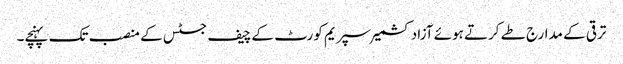
ترقی کے مدارج طے کرتے ہوئے آزادکشمیر سپریم کورٹ کے چیف جسٹس کے منصب تک پہنچے۔